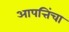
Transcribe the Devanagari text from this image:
आपत्तिंचा